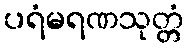
ပရံမရဏသုတ္တံ